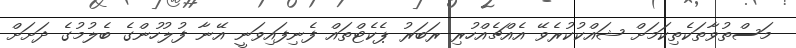
މަސްތުވާތަކެތިކަމަށް ޝައްކުކުރެވޭ އެއްޗެއްހުރި ރަބަރު ޕެކެޓްތައް ފެނިފައިވަނީ އޭނާ ފުލުހުންގެ ބެލުމުގެ ދަށަށް